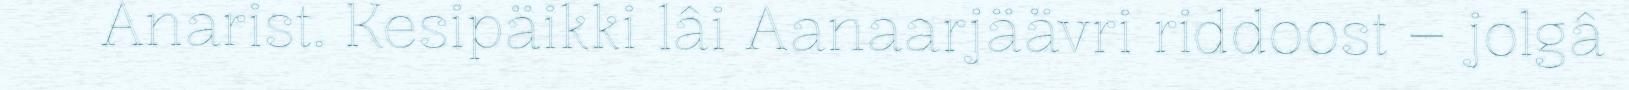
Anarist. Kesipäikki lâi Aanaarjäävri riddoost – jolgâ